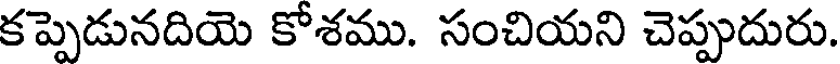
కప్పెడునదియె కోశము. సంచియని చెప్పుదురు.